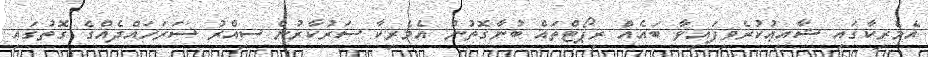
އެމެރިކާގައި ޝާއިޢުކުރެވިފައިވާ ބައެއް ރިޕޯޓްތައް ބުނާގޮތުން އެމެރިކާ ސަރުކާރުން ސިއްރު ސަރަހައްދެއްގެ ގޮތުގައި